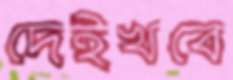
দেইখবে